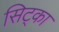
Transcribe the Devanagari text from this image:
सिट्का